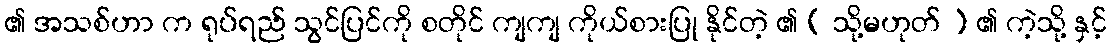
၏ အသစ်ဟာ က ရုပ်ရည် သွင်ပြင်ကို စတိုင် ကျကျ ကိုယ်စားပြု နိုင်တဲ့ ၏ ( သို့မဟုတ် ) ၏ ကဲ့သို့ နှင့်